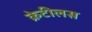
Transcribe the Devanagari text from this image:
क्रेटीलस